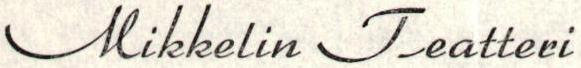
Mikkelin Teatteri